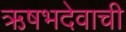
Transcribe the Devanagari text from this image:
ऋषभदेवाची